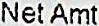
NET AMT